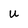
Character: U